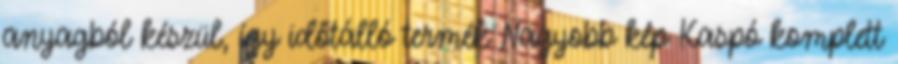
anyagból készül, így időtálló termék Nagyobb kép Kaspó komplett